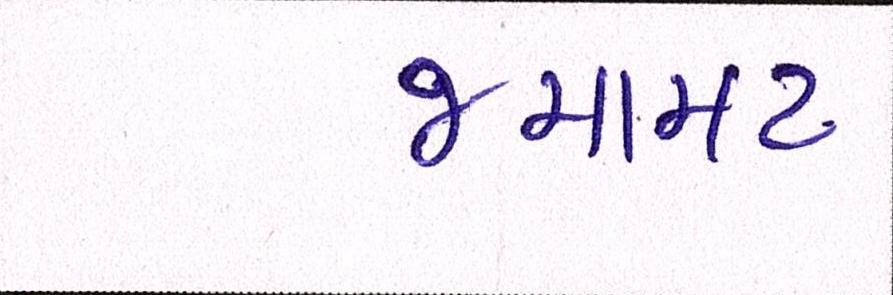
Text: જમાવટ